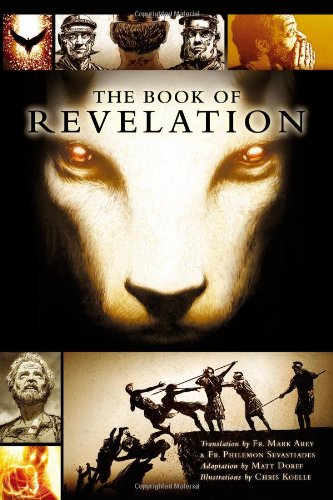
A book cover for The Book of Revelation; Comics & Graphic Novels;